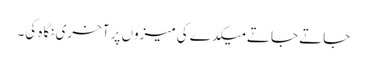
جاتے جاتے میکدے کی میزوں پر آخری نگاہ کی۔